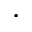
\cdot